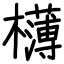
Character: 欂